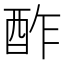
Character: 酢